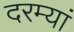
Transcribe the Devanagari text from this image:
दरम्यां